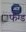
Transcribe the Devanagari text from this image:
फैंग्ड